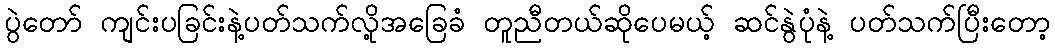
ပွဲတော် ကျင်းပခြင်းနဲ့ပတ်သက်လို့အခြေခံ တူညီတယ်ဆိုပေမယ့် ဆင်နွဲပုံနဲ့ ပတ်သက်ပြီးတော့